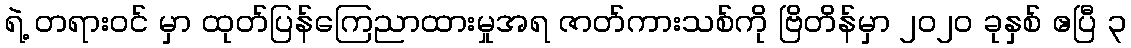
ရဲ့ တရားဝင် မှာ ထုတ်ပြန်ကြေညာထားမှုအရ ဇာတ်ကားသစ်ကို ဗြိတိန်မှာ ၂၀၂၀ ခုနှစ် ဧပြီ ၃